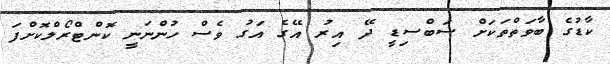
ކާޑުގެ ބާވަތްތަކަށް ސަބްސިޑީ ދޭ އިރު އޭގެ އަގު ވެސް ހުންނަނީ ކޮންޓްރޯލްކޮށްފަ